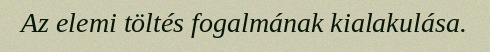
Az elemi töltés fogalmának kialakulása.